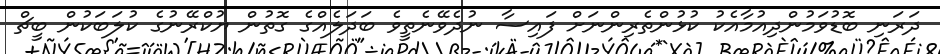
ދަރަނި ބޮޑުވަމުންދިއުމާއެކު ކުޅުންތެރިންނަށް ފައިސާ ނުދެވޭނެތީވެ ބަދަލެއްގެ ގޮތުން ޔުކްރޭނުގެ ކުލަބަކުން ބީޗް